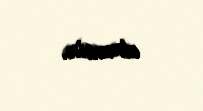
etməsin.